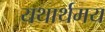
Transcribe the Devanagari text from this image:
यथार्थमय